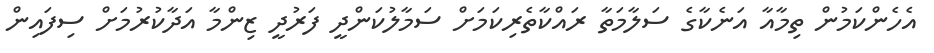
އެހެންކަމުން ތިމާއާ އަނެކާގެ ސަލާމަތާ ރައްކާތެރިކަމަށް ސަމާލުކަންދީ ފަރުދީ ޒިންމާ އަދާކުރުމަށް ސިފައިން